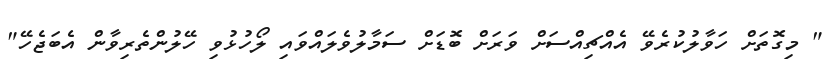
" މިގޮތަށް ހަވާލުކުރެވޭ އެއްޗިއްސަށް ވަރަށް ބޮޑަށް ސަމާލުވެލައްވައި ލޯހުޅުވި ހޭލުންތެރިވާން އެބަޖެހޭ"